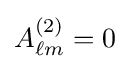
A_{\ell m}^{(2)}=0